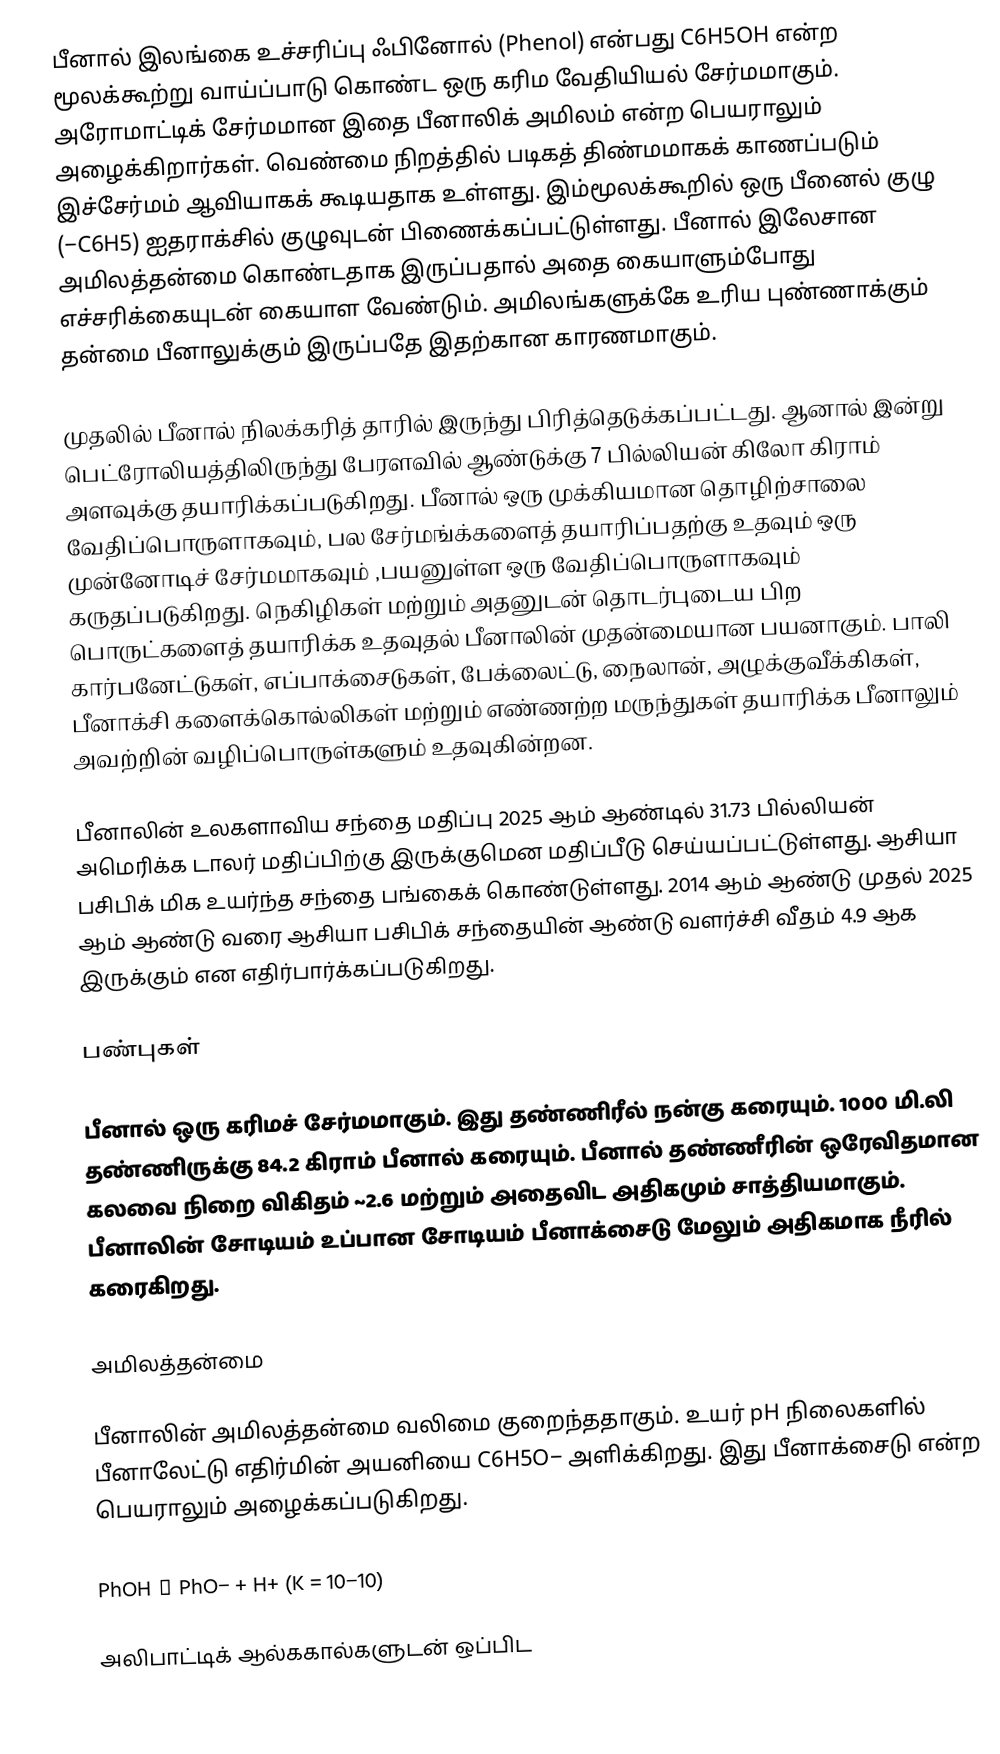
பீனால் இலங்கை உச்சரிப்பு ஃபினோல் (Phenol) என்பது C6H5OH என்ற மூலக்கூற்று வாய்ப்பாடு கொண்ட ஒரு கரிம வேதியியல் சேர்மமாகும். அரோமாட்டிக் சேர்மமான இதை பீனாலிக் அமிலம் என்ற பெயராலும் அழைக்கிறார்கள். வெண்மை நிறத்தில் படிகத் திண்மமாகக் காணப்படும் இச்சேர்மம் ஆவியாகக் கூடியதாக உள்ளது. இம்மூலக்கூறில் ஒரு பீனைல் குழு (−C6H5) ஐதராக்சில் குழுவுடன் பிணைக்கப்பட்டுள்ளது. பீனால் இலேசான அமிலத்தன்மை கொண்டதாக இருப்பதால் அதை கையாளும்போது எச்சரிக்கையுடன் கையாள வேண்டும்.  அமிலங்களுக்கே உரிய புண்ணாக்கும் தன்மை பீனாலுக்கும் இருப்பதே இதற்கான காரணமாகும்.

முதலில் பீனால் நிலக்கரித் தாரில் இருந்து பிரித்தெடுக்கப்பட்டது. ஆனால் இன்று பெட்ரோலியத்திலிருந்து பேரளவில் ஆண்டுக்கு 7 பில்லியன் கிலோ கிராம் அளவுக்கு தயாரிக்கப்படுகிறது. பீனால் ஒரு முக்கியமான தொழிற்சாலை வேதிப்பொருளாகவும், பல சேர்மங்க்களைத் தயாரிப்பதற்கு உதவும் ஒரு முன்னோடிச் சேர்மமாகவும் ,பயனுள்ள ஒரு வேதிப்பொருளாகவும் கருதப்படுகிறது. நெகிழிகள் மற்றும் அதனுடன் தொடர்புடைய பிற பொருட்களைத் தயாரிக்க உதவுதல் பீனாலின் முதன்மையான பயனாகும். பாலி கார்பனேட்டுகள், எப்பாக்சைடுகள், பேக்லைட்டு, நைலான், அழுக்குவீக்கிகள், பீனாக்சி களைக்கொல்லிகள் மற்றும் எண்ணற்ற மருந்துகள் தயாரிக்க பீனாலும் அவற்றின் வழிப்பொருள்களும் உதவுகின்றன.

பீனாலின் உலகளாவிய சந்தை மதிப்பு 2025 ஆம் ஆண்டில் 31.73 பில்லியன் அமெரிக்க டாலர் மதிப்பிற்கு இருக்குமென மதிப்பீடு செய்யப்பட்டுள்ளது. ஆசியா பசிபிக் மிக உயர்ந்த சந்தை பங்கைக் கொண்டுள்ளது. 2014 ஆம் ஆண்டு முதல் 2025 ஆம் ஆண்டு வரை ஆசியா பசிபிக் சந்தையின் ஆண்டு வளர்ச்சி வீதம் 4.9 ஆக இருக்கும் என எதிர்பார்க்கப்படுகிறது.

பண்புகள்

பீனால் ஒரு கரிமச் சேர்மமாகும். இது தண்ணிரீல் நன்கு கரையும். 1000 மி.லி தண்ணிருக்கு 84.2 கிராம் பீனால் கரையும். பீனால் தண்ணீரின் ஒரேவிதமான கலவை நிறை விகிதம்  ~2.6 மற்றும் அதைவிட அதிகமும் சாத்தியமாகும். பீனாலின் சோடியம் உப்பான சோடியம் பீனாக்சைடு மேலும் அதிகமாக நீரில் கரைகிறது.

அமிலத்தன்மை

பீனாலின் அமிலத்தன்மை வலிமை குறைந்ததாகும். உயர் pH நிலைகளில் பீனாலேட்டு எதிர்மின் அயனியை C6H5O−  அளிக்கிறது. இது பீனாக்சைடு என்ற பெயராலும் அழைக்கப்படுகிறது.

PhOH ⇌ PhO− + H+          (K = 10−10)

அலிபாட்டிக் ஆல்ககால்களுடன் ஒப்பிட